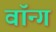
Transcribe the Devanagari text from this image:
वॉन्ग